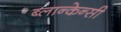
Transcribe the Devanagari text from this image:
ब्लान्केन्सी